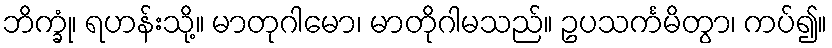
ဘိက္ခုံ၊ ရဟန်းသို့။ မာတုဂါမော၊ မာတိုဂါမသည်။ ဥပသင်္ကမိတွာ၊ ကပ်၍။